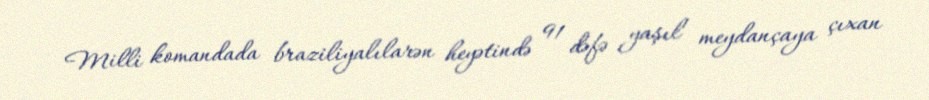
Milli komandada braziliyalılarən heyətində 91 dəfə yaşıl meydançaya çıxan